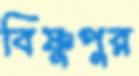
বিষ্ণুপুর